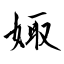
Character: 娵